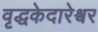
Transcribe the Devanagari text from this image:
वृद्धकेदारेश्वर